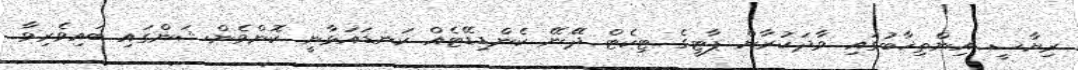
ރިޔާސީ އިންތިޚާބުގައި ވާދަކުރާން ޕާޓީގެ ޓިކެޓް ދޭނޭ ކެންޑިޑޭޓެއް ކަނޑައަޅާނީ ކޮންވެންޝަންގައި ބައިވެރިވާ